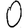
Digit: 0